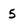
Character: 5